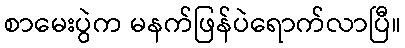
စာမေးပွဲက မနက်ဖြန်ပဲရောက်လာပြီ။